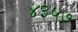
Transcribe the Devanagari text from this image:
४३५७